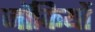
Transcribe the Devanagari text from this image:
जॉकियों